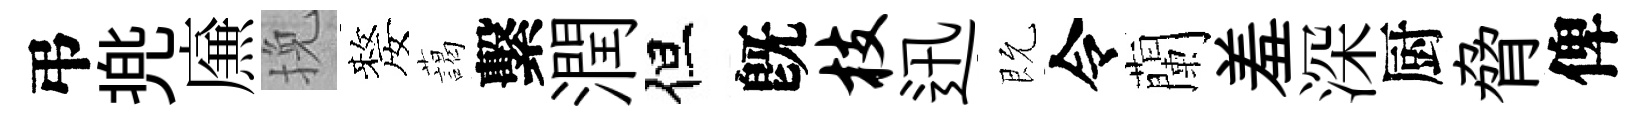
弔兠㢘挽嫠藹繫潤但旣枝迅既令蘭羞深厨脅俾